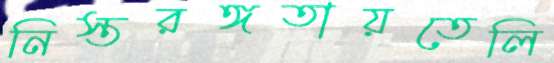
নিস্তরঙ্গতায়তেলি